Riigikantselei, lk 65
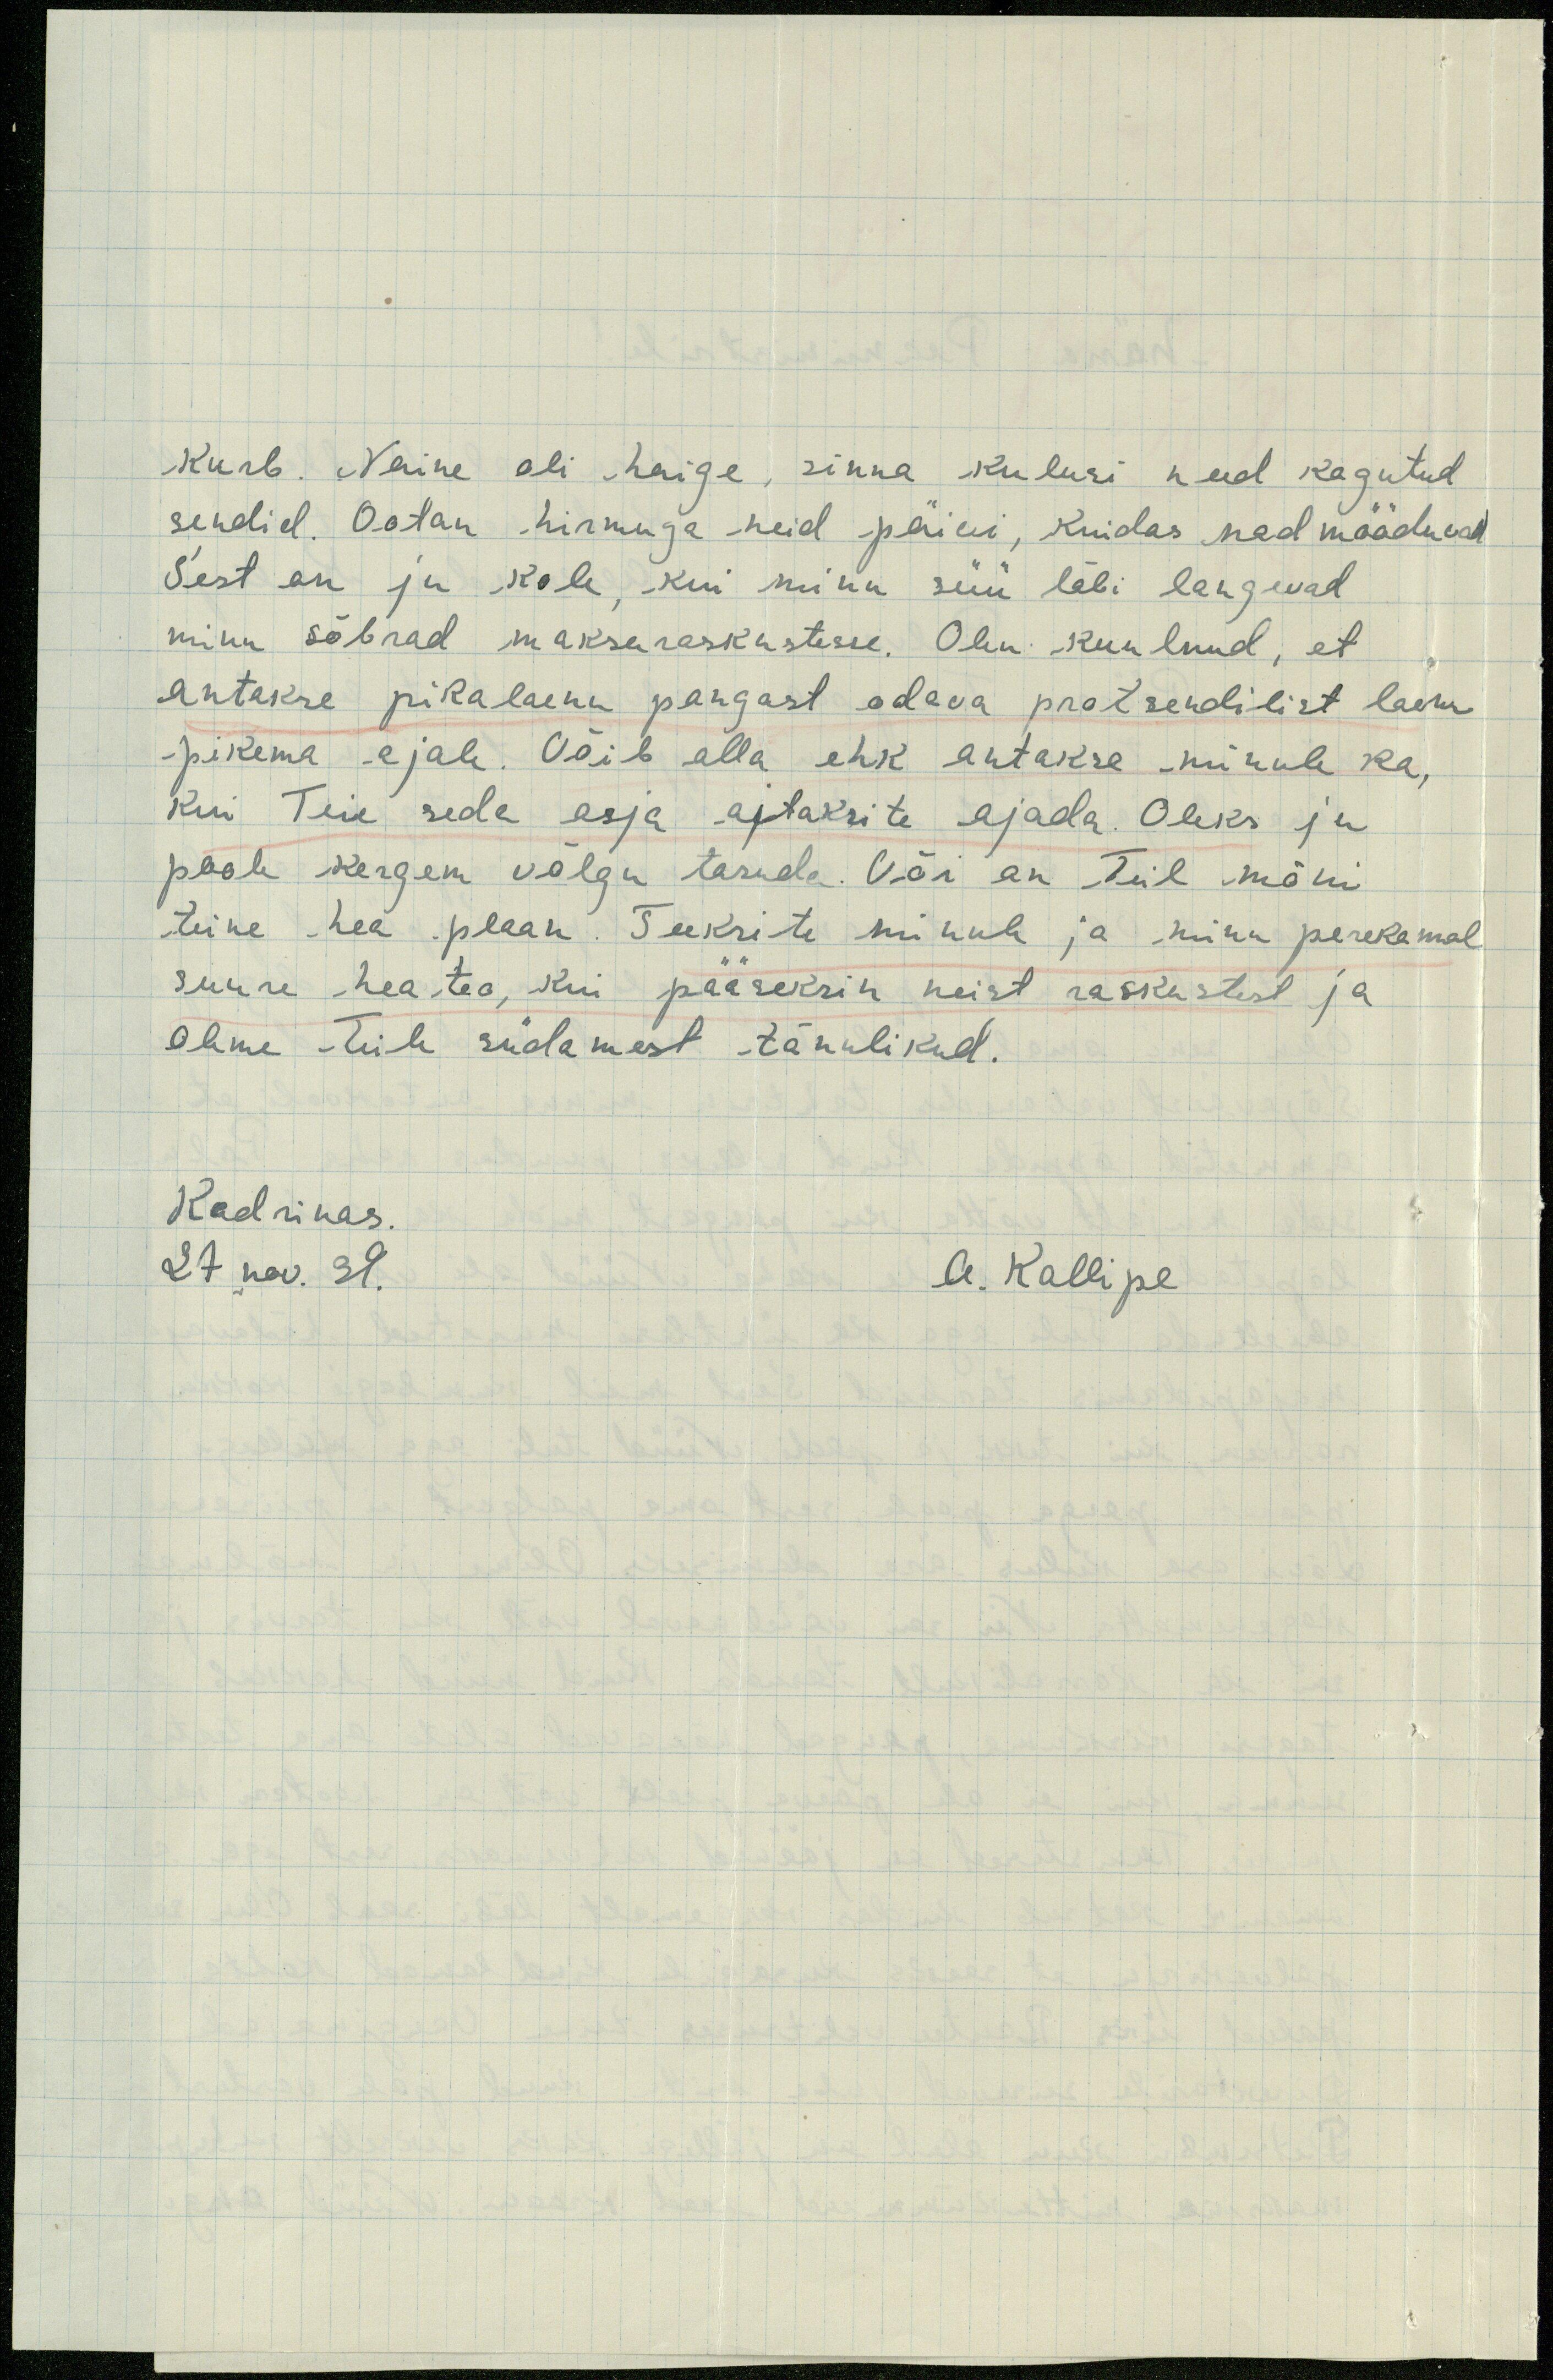
Kurb. Naine oli haige, sinna kulusi need kogutud
sendid. Ootan hirmuga neid päivi, kuidas nad mööduvad
Sest on ju kole, kui minu süü läbi langevad
minu sõbrad makseraskustesse. Olen kuulnud, et
antakse pikalaenu pangast odava protsendilist laenu
pikema ajale. Võib olla ehk antakse minule ka,
kui Teie seda asja ajaksite ajada. Oleks ju
poole kergem võlgu tasuda. Või on Teil mõni
teine hea plaan. Teeksite minule ja minu perekonnal
suure hea teo, kui pääseksin neist raskustest ja
oleme Teile südamest tänulikult.
Kadrinas.
27 nov. 39.
A. Kallipe